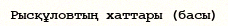
Рысқұловтың хаттары (басы)